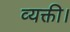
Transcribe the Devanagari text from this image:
व्यक्ती।